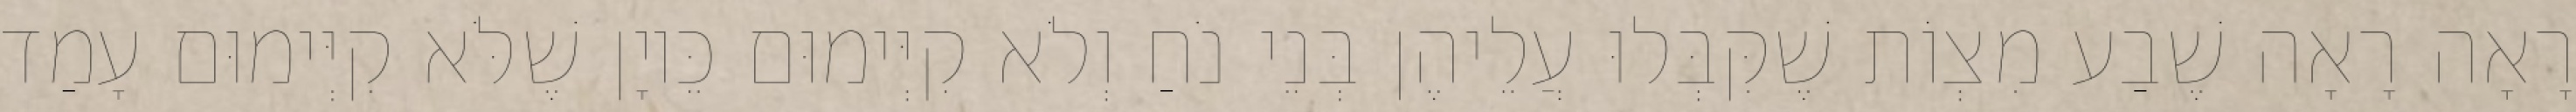
רָאָה רָאָה שֶׁבַע מִצְוֹת שֶׁקִּבְּלוּ עֲלֵיהֶן בְּנֵי נֹחַ וְלֹא קִיְּימוּם כֵּיוָן שֶׁלֹּא קִיְּימוּם עָמַד